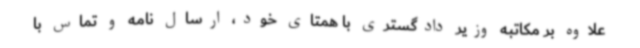
علاوه بر مکاتبه وزیر دادگستری با همتای خود، ارسال نامه و تماس با